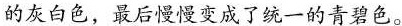
的灰白色，最后慢慢变成了统一的青碧色。